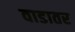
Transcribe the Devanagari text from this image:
वाडातर